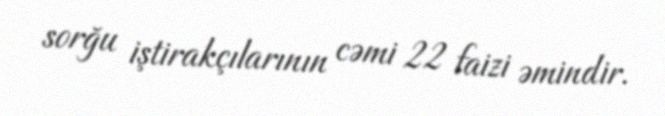
sorğu iştirakçılarının cəmi 22 faizi əmindir.